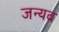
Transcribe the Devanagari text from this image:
जन्यव